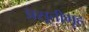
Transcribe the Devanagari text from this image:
प्रसूतीगृह